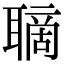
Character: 𦗑